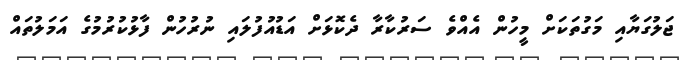
ޖަލުގަޔާއި މަގުތަކަށް މީހުން އެއްވެ ސަރުކާރާ ދެކޮޅަށް އަޑުއުފުލައި ނުރުހުން ފާޅުކުރުމުގެ އަމަލުތައް